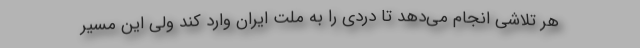
هر تلاشی انجام می‌دهد تا دردی را به ملت ایران وارد کند ولی این مسیر